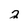
Character: 2